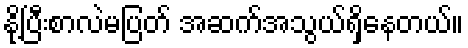
နို့ပြီးစာလဲမပြတ် အဆက်အသွယ်ရှိနေတယ်။